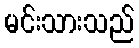
မင်းသားသည်